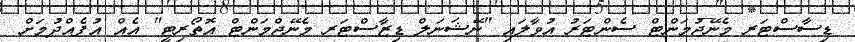
ޑިސާސްޓަރ މެނޭޖުމަންޓް ސެންޓަރު އުވާލައި "ނޭޝަނަލް ޑިޒާސްޓަރ މެނޭޖްމަންޓް އޮތޯރިޓީ" އެއް އުފެއްދުމަށް